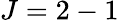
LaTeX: J=2-1